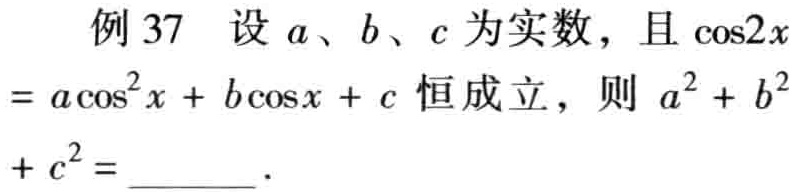
例 37 设 \(a、b、c\) 为实数，且 \(\cos2x = a\cos^{2}x + b\cos x + c\) 恒成立，则 \(a^{2}+b^{2}+c^{2}=\underline{\quad\quad}\)．